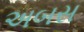
અબસ